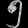
Digit: ၅